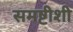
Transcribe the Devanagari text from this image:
समष्टीशी